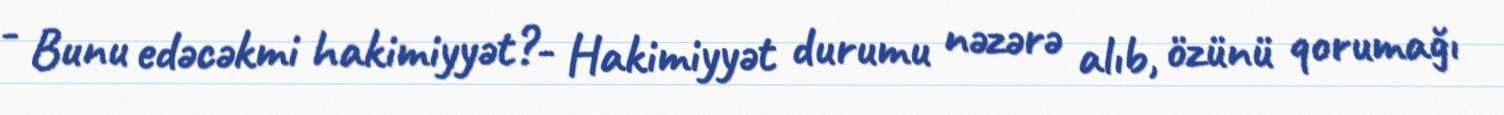
- Bunu edəcəkmi hakimiyyət?- Hakimiyyət durumu nəzərə alıb, özünü qorumağı